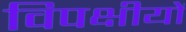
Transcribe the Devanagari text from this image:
विपक्षीयों